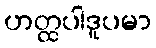
ဟတ္ထပါဒူပမာ